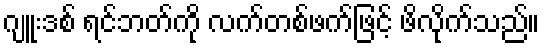
ဂျူးဒစ် ရင်ဘတ်ကို လက်တစ်ဖက်ဖြင့် ဖိလိုက်သည်။